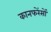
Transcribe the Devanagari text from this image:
कानफरेंसों